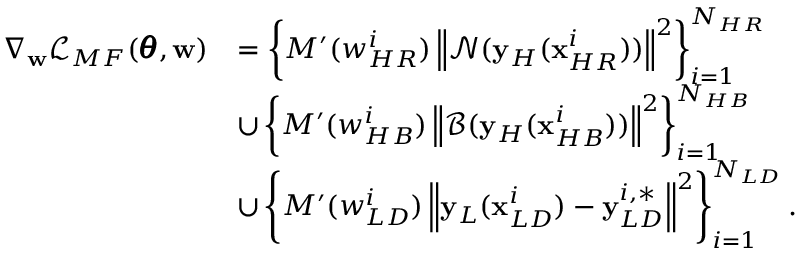
\begin{array} { r l } { \nabla _ { \mathbf { w } } \mathcal { L } _ { M F } ( \pmb { \theta } , \mathbf { w } ) } & { = \left\{ { M ^ { \prime } ( w _ { H R } ^ { i } ) \left\| \mathcal { N } ( \mathbf { y } _ { H } ( \mathbf { x } _ { H R } ^ { i } ) ) \right\| ^ { 2 } } \right\} _ { i = 1 } ^ { N _ { H R } } } \\ & { \cup \left\{ { M ^ { \prime } ( w _ { H B } ^ { i } ) \left\| \mathcal { B } ( \mathbf { y } _ { H } ( \mathbf { x } _ { H B } ^ { i } ) ) \right\| ^ { 2 } } \right\} _ { i = 1 } ^ { N _ { H B } } } \\ & { \cup \left\{ { M ^ { \prime } ( w _ { L D } ^ { i } ) \left\| \mathbf { y } _ { L } ( \mathbf { x } _ { L D } ^ { i } ) - \mathbf { y } _ { L D } ^ { i , * } \right\| ^ { 2 } } \right\} _ { i = 1 } ^ { N _ { L D } } . } \end{array}